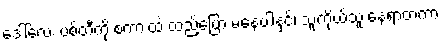
ဒေါ်လေး ပစ်တီကို စကားထဲ ထည့်ပြော မနေပါနှင့်၊ သူ့ကိုယ်သူ နေရာတကာ